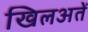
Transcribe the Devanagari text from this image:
खिलअतें